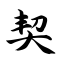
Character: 契